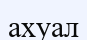
ахуал